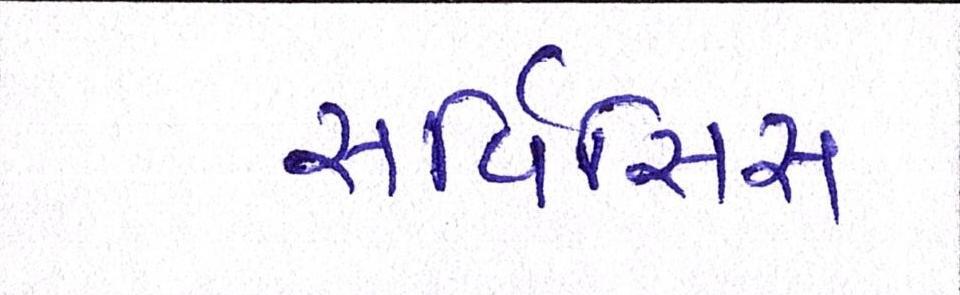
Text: સર્વિસિસ